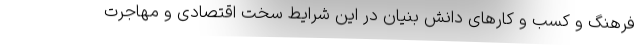
فرهنگ و کسب و کارهای دانش بنیان در این شرایط سخت اقتصادی و مهاجرت